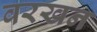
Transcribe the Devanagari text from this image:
वरखन